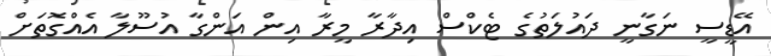
އޭޑީސީ ނަގާނީ ދައުލަތުގެ ޓެކްސް އިދާރާ މީރާ އިން އަންގާ އުސޫލާ އެއްގޮތަށް